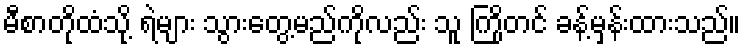
မီစာတိုထံသို့ ရဲများ သွားတွေ့မည်ကိုလည်း သူ ကြိုတင် ခန့်မှန်းထားသည်။